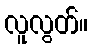
လူလွတ်။